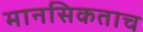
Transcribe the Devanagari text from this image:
मानसिकताच